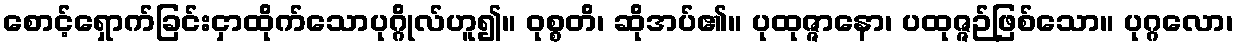
စောင့်ရှောက်ခြင်းငှာထိုက်သောပုဂ္ဂိုလ်ဟူ၍။ ဝုစ္စတိ၊ ဆိုအပ်၏။ ပုထုဇ္ဇာနော၊ ပထုဇ္ဇဉ်ဖြစ်သော။ ပုဂ္ဂလော၊